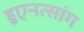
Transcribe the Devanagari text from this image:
हुएनत्सांग